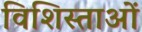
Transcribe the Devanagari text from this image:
विशिस्ताओं